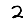
Digit: 2